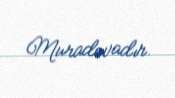
Muradovadır.